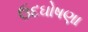
ઉદઘોષણા